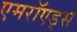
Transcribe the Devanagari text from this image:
एमरॉएड्स